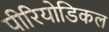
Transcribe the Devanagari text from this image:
पीरियोडिकल